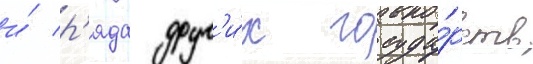
и́ р'яда друг'и́х госуда́рств